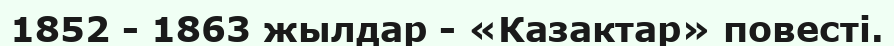
1852 - 1863 жылдар - «Казактар» повесті.